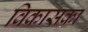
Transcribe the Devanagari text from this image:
विकासका